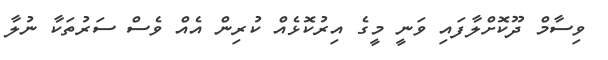
ވިސާމް ދޫކޮށްލާފައި ވަނީ މީގެ އިރުކޮޅެއް ކުރިން އެއް ވެސް ސަރުތަކާ ނުލާ